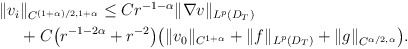
\begin{align*}\begin{aligned}\|v_i&\|_{C^{(1+\alpha)/2,1+\alpha}}\leq C r^{-1-\alpha}\|\nabla v\|_{L^p(D_T)}\\&+ C\big(r^{-1-2\alpha}+r^{-2}\big)\big(\|v_{0}\|_{C^{1+\alpha}}+\|f\|_{L^p(D_T)}+\|g \|_{C^{\alpha/2,\alpha}}\big).\end{aligned}\end{align*}